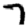
Digit: 7